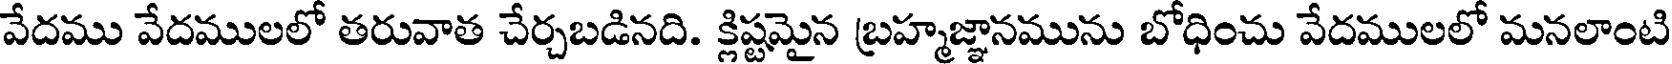
వేదము వేదములలో తరువాత చేర్చబడినది. క్లిష్టమైన బ్రహ్మజ్ఞానమును బోధించు వేదములలో మనలాంటి